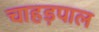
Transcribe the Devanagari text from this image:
चाहड़पाल